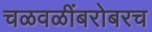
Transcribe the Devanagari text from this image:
चळवळींबरोबरच